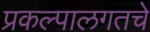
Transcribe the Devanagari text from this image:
प्रकल्पालगतचे